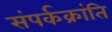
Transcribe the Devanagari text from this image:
संपर्कक्रांति